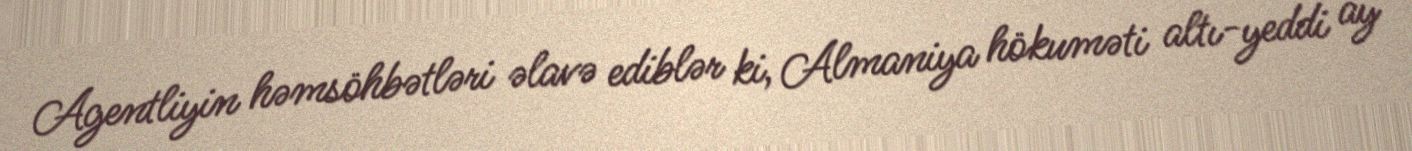
Agentliyin həmsöhbətləri əlavə ediblər ki, Almaniya hökuməti altı-yeddi ay